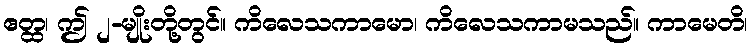
ဧတ္ထ၊ ဤ ၂-မျိုးတို့တွင်။ ကိလေသကာမော၊ ကိလေသကာမသည်။ ကာမေတိ၊